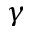
\gamma